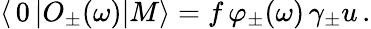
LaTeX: \langle\, 0\, |O_{\pm}(\omega)|M\rangle=f\, \varphi_{\pm}(\omega)\, \gamma_{\pm}u\, .